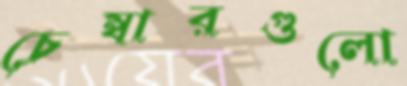
চেম্বারগুলো